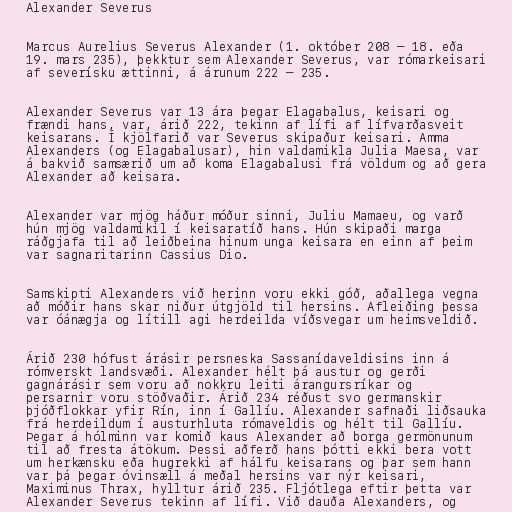
Alexander Severus

Marcus Aurelius Severus Alexander (1. október 208 – 18. eða
19. mars 235), þekktur sem Alexander Severus, var rómarkeisari
af severísku ættinni, á árunum 222 – 235.

Alexander Severus var 13 ára þegar Elagabalus, keisari og
frændi hans, var, árið 222, tekinn af lífi af lífvarðasveit
keisarans. Í kjölfarið var Severus skipaður keisari. Amma
Alexanders (og Elagabalusar), hin valdamikla Julia Maesa, var
á bakvið samsærið um að koma Elagabalusi frá völdum og að gera
Alexander að keisara.

Alexander var mjög háður móður sinni, Juliu Mamaeu, og varð
hún mjög valdamikil í keisaratíð hans. Hún skipaði marga
ráðgjafa til að leiðbeina hinum unga keisara en einn af þeim
var sagnaritarinn Cassius Dio.

Samskipti Alexanders við herinn voru ekki góð, aðallega vegna
að móðir hans skar niður útgjöld til hersins. Afleiðing þessa
var óánægja og lítill agi herdeilda víðsvegar um heimsveldið.

Árið 230 hófust árásir persneska Sassanídaveldisins inn á
rómverskt landsvæði. Alexander hélt þá austur og gerði
gagnárásir sem voru að nokkru leiti árangursríkar og
persarnir voru stöðvaðir. Árið 234 réðust svo germanskir
þjóðflokkar yfir Rín, inn í Gallíu. Alexander safnaði liðsauka
frá herdeildum í austurhluta rómaveldis og hélt til Gallíu.
Þegar á hólminn var komið kaus Alexander að borga germönunum
til að fresta átökum. Þessi aðferð hans þótti ekki bera vott
um herkænsku eða hugrekki af hálfu keisarans og þar sem hann
var þá þegar óvinsæll á meðal hersins var nýr keisari,
Maximinus Thrax, hylltur árið 235. Fljótlega eftir þetta var
Alexander Severus tekinn af lífi. Við dauða Alexanders, og